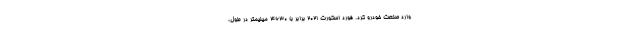
وارد صنعت خودرو کرد. فورد اسکورت 2021 برابر با 4630 میلیمتر در طول،